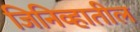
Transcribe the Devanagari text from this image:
जिनिव्हातील